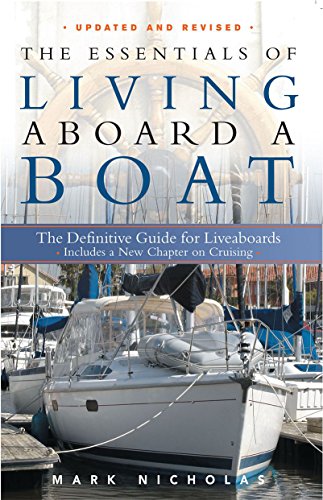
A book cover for The Essentials of Living Aboard a Boat, Revised & Updated; Mark Nicholas; Engineering & Transportation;